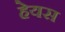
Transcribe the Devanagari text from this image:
हेयस